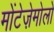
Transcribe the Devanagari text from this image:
मोंटेज़ेमोलो